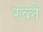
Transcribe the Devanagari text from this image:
रव्ले